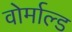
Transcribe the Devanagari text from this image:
वोर्माल्ड